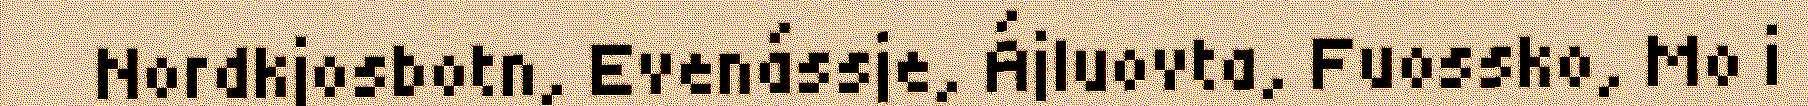
Nordkjosbotn, Evenássje, Ájluovta, Fuossko, Mo i